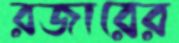
রজারের